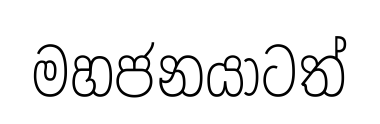
මහජනයාටත්